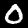
Label: 0